Code of medical and sanitary regulations for the guidance of medical officers serving in the Madras Presidency - Volume II
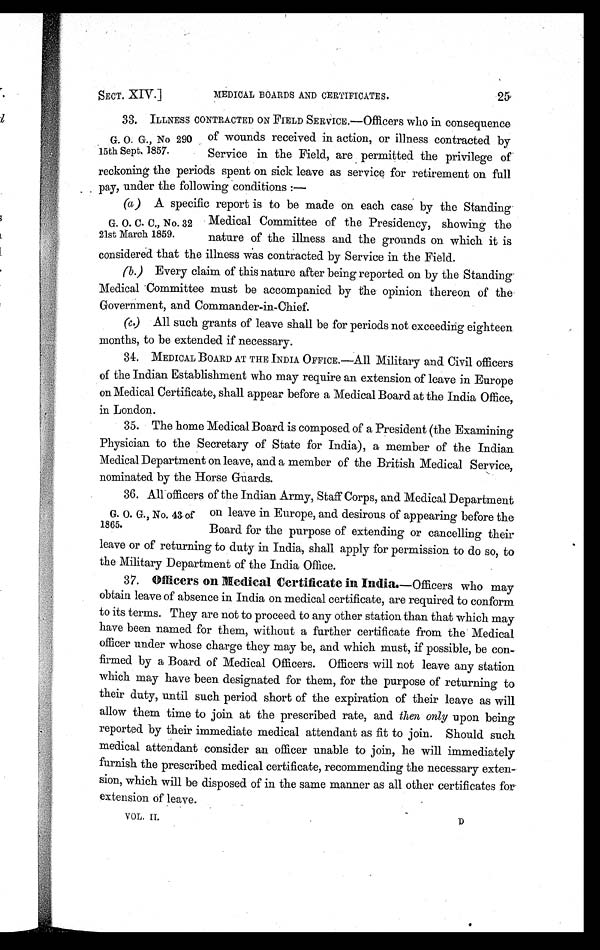
SECT. XIV.]
MEDICAL BOARDS AND CERTIFICATES.
25.
33. ILLNESS CONTRACTED ON FIELD SERVICE.—Officers who in consequence
of wounds received in action, or illness contracted by
Service in the Field, are permitted the privilege of
reckoning the periods spent on sick leave as service for retirement on full
pay, under the following conditions : —
(a) A specific report is to be made on each case by the Standing
Medical Committee of the Presidency, showing the
nature of the illness and the grounds on which it is
considered that the illness Was contracted by Service in the Field
.
(b.) Every claim of this nature after being reported on by the Standing
Medical Committee must be accompanied by the opinion thereon of the
Government, and Commander-in-Chief.
(c.) All such grants of leave shall be for periods not exceeding eighteen
months, to be extended if necessary.
34.
MEDICAL BOARD AT THE INDIA OFFICE.—All Military and Civil officers
of the Indian Establishment who may require an extension of leave in Europe
on Medical Certificate, shall appear before a Medical Board at the India Office,
in London.
35. The home Medical Board is composed of a President (the Examining
Physician to the Secretary of State for India), a member of the Indian
Medical Department on leave, and a member of the British Medical Service,
nominated by the Horse Guards.
36. All officers of the Indian Army, Staff Corps, and Medical Department
on leave in Europe, and desirous of appearing before the
Board for the purpose of extending or cancelling their
leave or of returning to duty in India, shall apply for permission to do so, to
the Military Department of the India Office.
37.
Officers on Medical Certificate in India.—Officers who may
obtain leave of absence in India on medical certificate, are required to conform
to its terms. They are not to proceed to any other station than that which may
have been named for them, without a further certificate from the Medical
officer under whose charge they may be, and which must, if possible, be con-
firmed by a Board of Medical Officers. Officers will not leave any station
which may have been designated for them, for the purpose of returning to
their duty, until such period short of the expiration of their leave as will
allow them time to join at the prescribed rate, and then only upon being
reported by their immediate medical attendant as fit to join. Should such
medical attendant consider an officer unable to join, he will immediately
furnish the prescribed medical certificate, recommending the necessary exten-
sion, which will be disposed of in the same manner as all other certificates for
extension of leave.
G. O. G., No 290
15th Sept. 1857.
G. O. C. C., No. 32
21st March 1859.
G. O. G., No. 43 of
1865.
VOL. II.